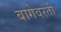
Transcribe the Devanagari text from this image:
बागेवरती